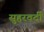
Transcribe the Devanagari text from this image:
सुहरवर्दी